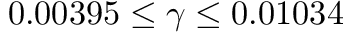
0 . 0 0 3 9 5 \le \gamma \le 0 . 0 1 0 3 4